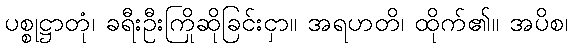
ပစ္စုဋ္ဌာတုံ၊ ခရီးဦးကြိုဆိုခြင်းငှာ။ အရဟတိ၊ ထိုက်၏။ အပိစ၊